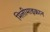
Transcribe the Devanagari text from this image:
मिलीमाइक्रान